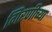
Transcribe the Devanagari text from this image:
गिरणीच्या